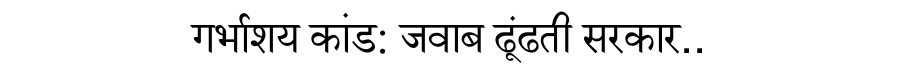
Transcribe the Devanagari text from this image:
गर्भाशय कांड: जवाब ढूंढती सरकार..